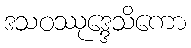
ဒသဝဿုဒ္ဒေသိကော